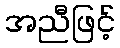
အညီဖြင့်